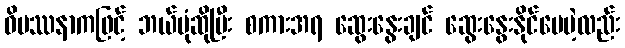
ဝိပဿနာကဖြင့် ဘယ်ပုံဆိုပြီး စကားအရ ဆွေးနွေးချင် ဆွေးနွေးနိုင်ပေမဲ့လည်း